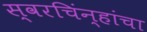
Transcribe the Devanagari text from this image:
स्वरचिंन्हांचा